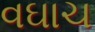
વઘાચ